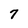
Character: 7